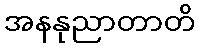
အနနုညာတာတိ